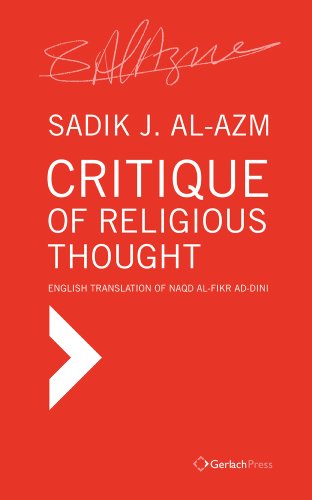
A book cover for Critique of Religious Thought: English Translation of naqd al-fikr ad-dini; Sadik J Al-Azm; History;